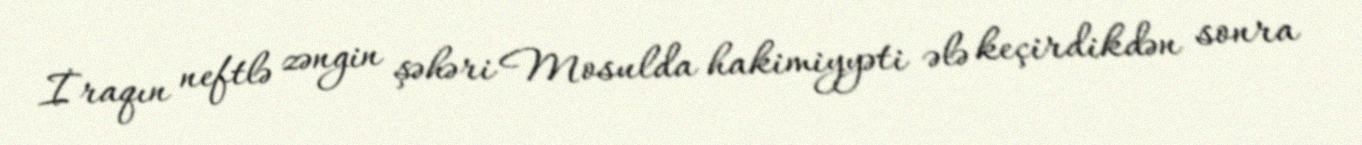
İraqın neftlə zəngin şəhəri Mosulda hakimiyyəti ələ keçirdikdən sonra